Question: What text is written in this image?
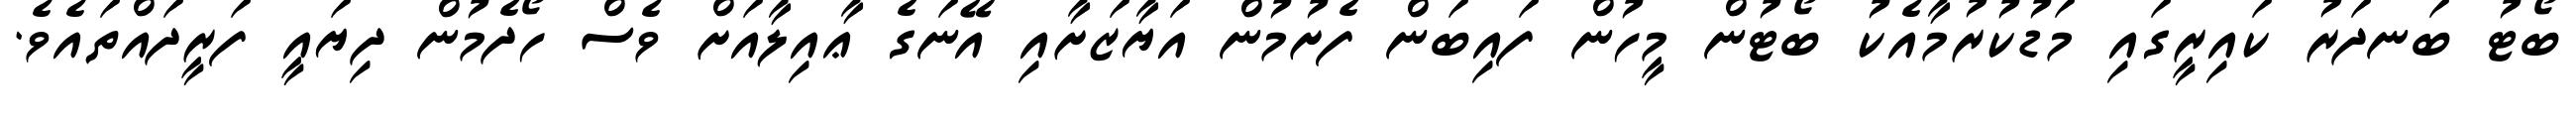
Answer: ބޯޓު ބަނދަރު ކައިރީގައި މަޑުކުރުމާއެކު ބޯޓުން މީހުން ފައިބަން ފެށުމުން އަޔާޒަށާއި އޭނަގެ ޢާއިލާއަށް ވެސް ހޯދެމުން ދިޔައީ ފަރީދައްތައެވެ.